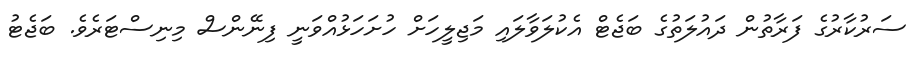
ސަރުކާރުގެ ފަރާތުން ދައުލަތުގެ ބަޖެޓް އެކުލަވާލައި މަޖިލީހަށް ހުށަހަޅުއްވަނީ ފިނޭންސް މިނިސްޓަރެވެ. ބަޖެޓު